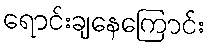
ရောင်းချနေကြောင်း